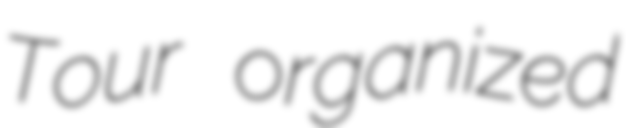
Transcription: Tour organized